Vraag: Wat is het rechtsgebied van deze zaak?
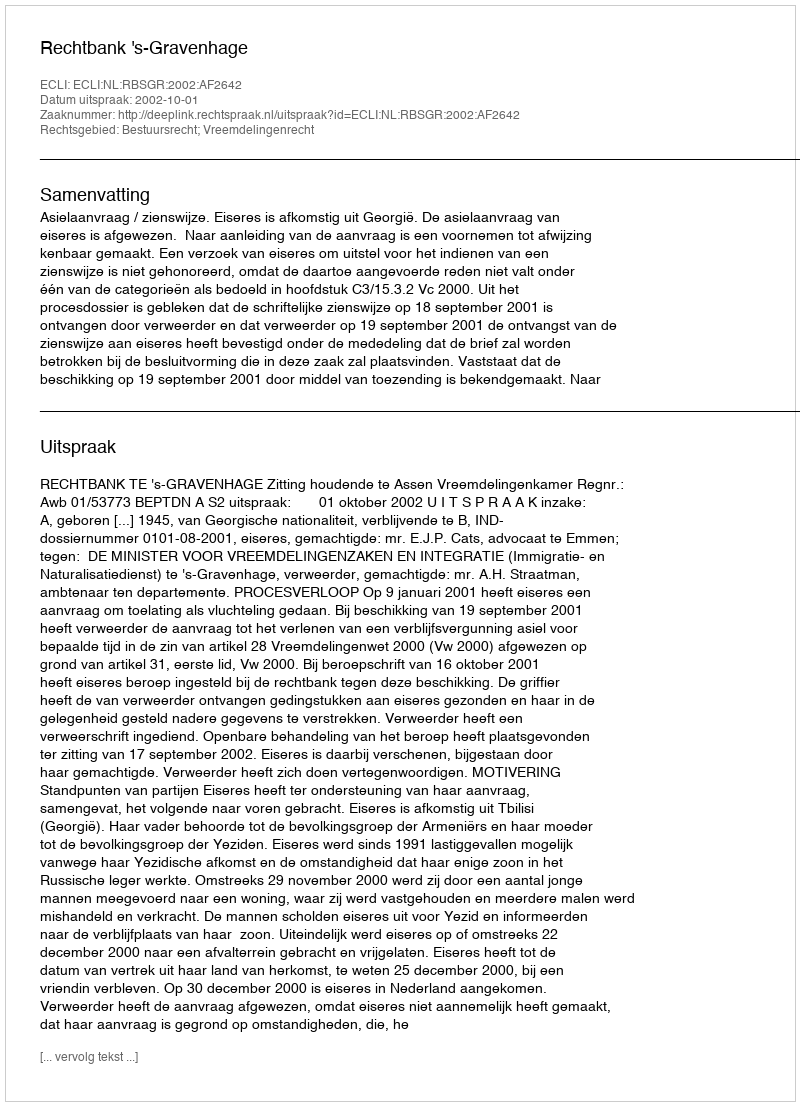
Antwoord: Bestuursrecht; Vreemdelingenrecht